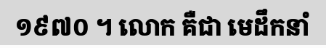
១៩៧០ ។ លោក គឺជា មេដឹកនាំ